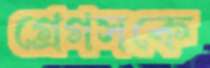
গ্রেগসকে